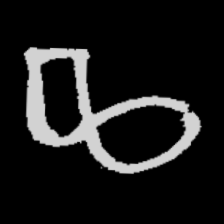
Pyu character \u2014 Myanmar letter: ဆ (romanized: cha)